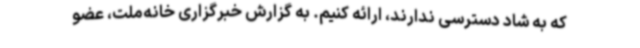
که به شاد دسترسی ندارند، ارائه کنیم. به گزارش خبرگزاری خانه‌ملت، عضو